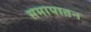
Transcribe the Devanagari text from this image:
समापातन